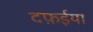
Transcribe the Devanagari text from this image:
दफ़ईया